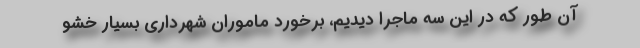
آن طور كه در اين سه ماجرا ديديم، برخورد ماموران شهرداري بسيار خشو